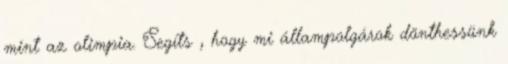
mint az olimpia. Segíts , hogy mi állampolgárok dönthessünk